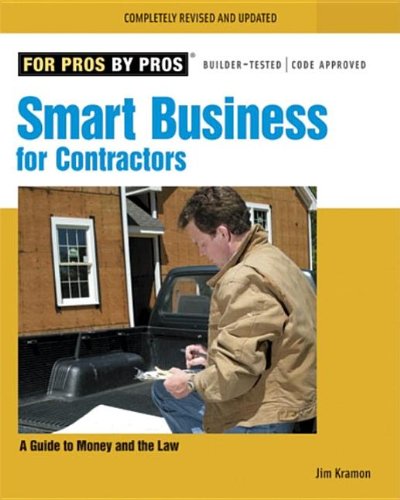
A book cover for Smart Business for Contractors: A Guide to Money and the Law (For Pros By Pros); James M. Kramon; Law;